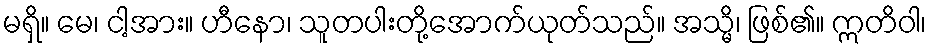
မရှိ။ မေ၊ ငါ့အား။ ဟီနော၊ သူတပါးတို့အောက်ယုတ်သည်။ အသ္မိ၊ ဖြစ်၏။ ဣတိဝါ၊